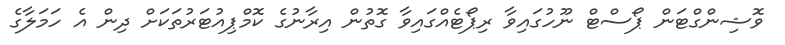
ވޮޝިންގްޓަން ޕޯސްޓް ނޫހުގައިވާާ ރިޕޯޓެއްގައިވާ ގޮތުން އިރާނުގެ ކޮމްޕިއުޓަރުތަކަށް ދިން އެ ހަމަލާާގެ